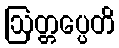
ဩတ္တပ္ပေတိ